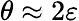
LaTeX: \theta\approx 2\varepsilon